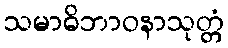
သမာဓိဘာဝနာသုတ္တံ